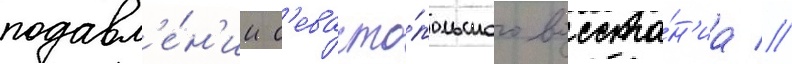
подавл'е́н'ии с'евасто́польского восста́н'иа //